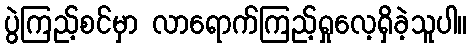
ပွဲကြည့်စင်မှာ လာရောက်ကြည့်ရှုလေ့ရှိခဲ့သူပါ။